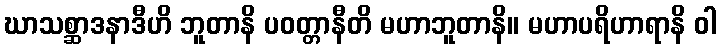
ဃာသစ္ဆာဒနာဒီဟိ ဘူတာနိ ပဝတ္တာနီတိ မဟာဘူတာနိ။ မဟာပရိဟာရာနိ ဝါ